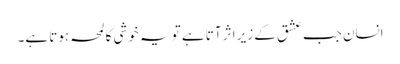
انسان جب عشق کے زیر اثر آتا ہے تو یہ خوشی کا لمحہ ہوتا ہے۔